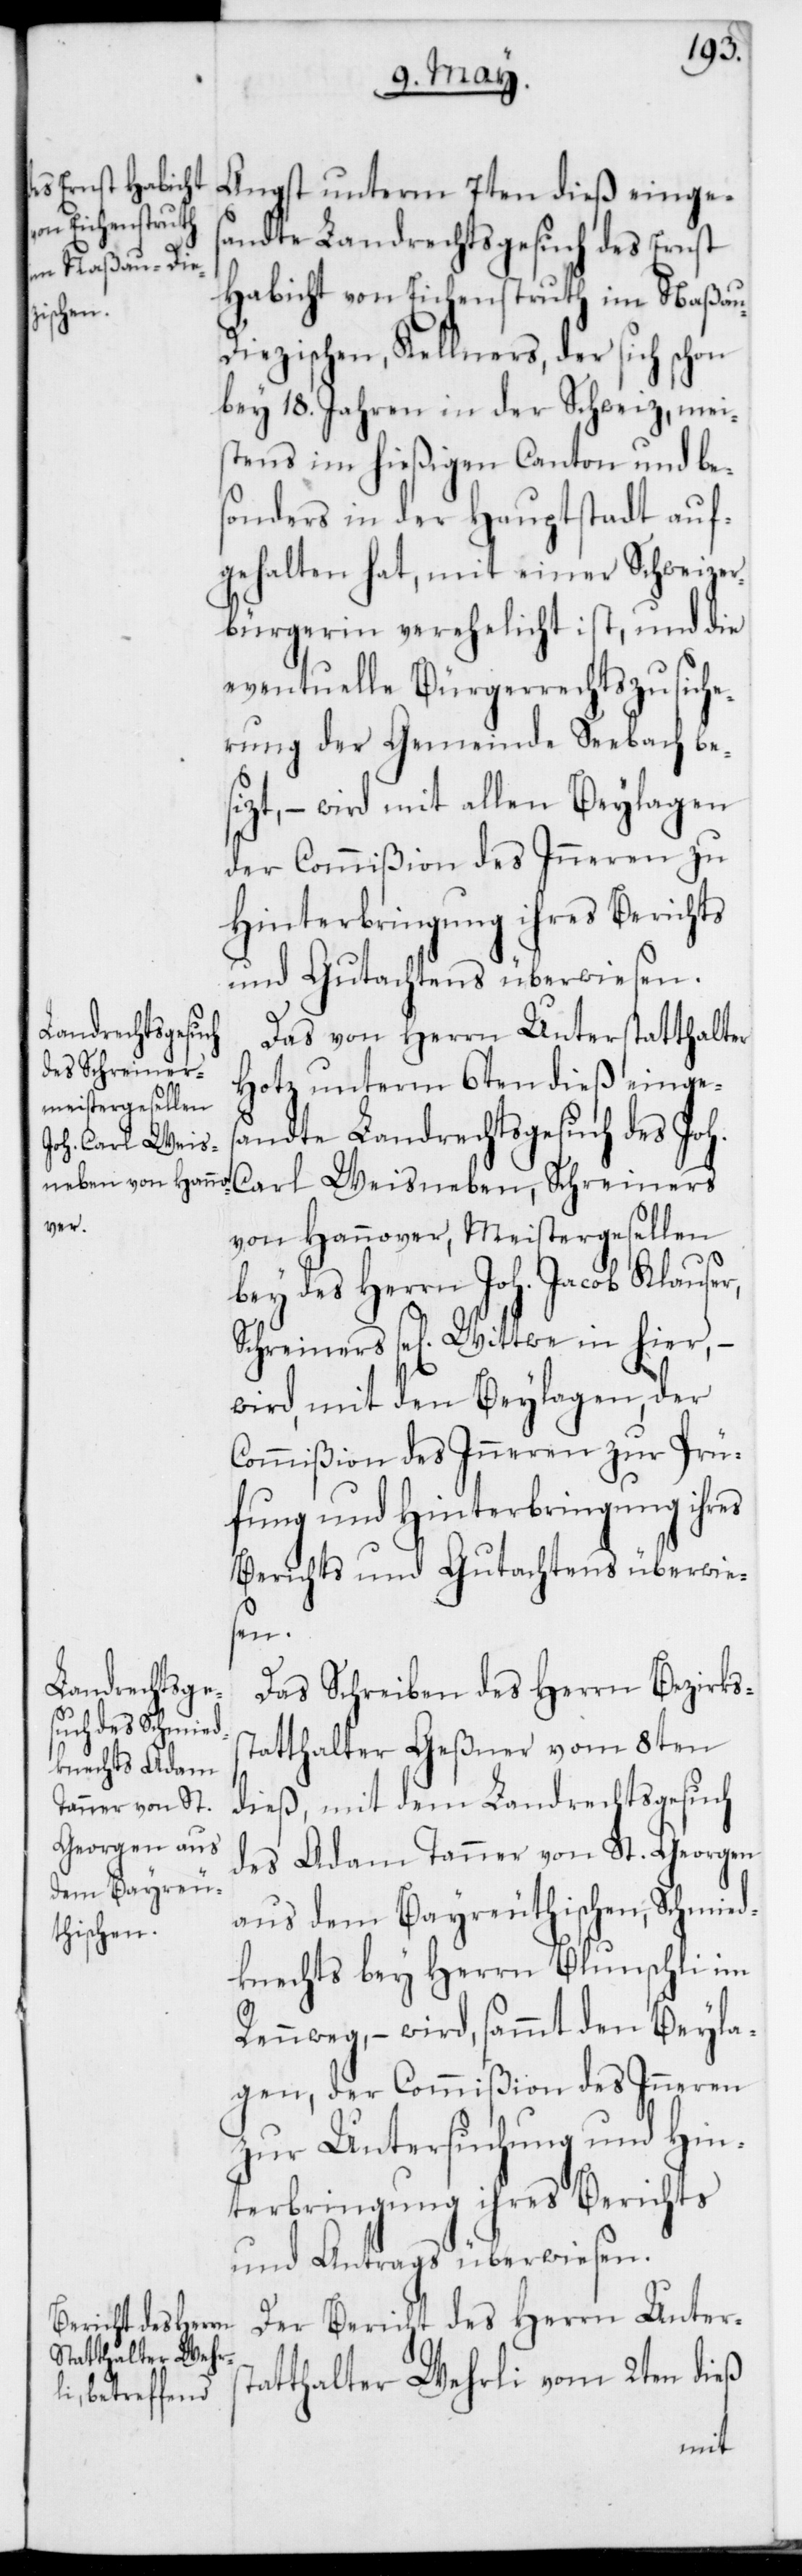
Angst unterm 7ten dieß einges¬
andte Landrechtsgesuch des Ernst
Habicht von Eichenstruth im Naßau-D¬
iezischen, Kellners, der sich schon
bey 18 Jahren in der Schweiz, mei¬
stens im hießigen Canton und be¬
sonders in der Hauptstadt auf¬
gehalten hat, mit einer Schweizer¬
bürgerin verehelicht ist, und die
eventuelle Bürgerrechtszusiche¬
rung der Gemeinde Seebach bes¬
izt, – wird mit allen Beylagen
der Commißion des Inneren zu
Hinterbringung ihres Berichts
und Gutachtens überwiesen.
Das von Herrn Unterstatthalter
Hotz unterm 6ten dieß einges¬
andte Landrechtsgesuch des Joh.
Carl Weisneben, Schreiners
von Hannover, Meistergesellen
bey des Herrn Joh. Jacob Klauser,
Schreiners sel. Wittwe in hier,
wird, mit den Beylagen, der
Commißion des Inneren zur Prü¬
fung und Hinterbringung ihres
Berichts und Gutachtens überwie¬
sen.
Das Schreiben des Herrn Bezirkss¬
tatthalter Geßner vom 8ten
dieß, mit dem Landrechtsgesuch
des Adam Tanner von St. Georgen
aus dem Bayreuthischen, Schmied¬
knechts bey Herrn Blunschli im
Rennweg, – wird, sammt den Beyla¬
gen, der Commißion des Inneren
zur Untersuchung und Hin¬
terbringung ihres Berichts
und Antrags überwiesen.
Der Bericht des Herrn Unters¬
tatthalter Wehrli vom 2ten dieß